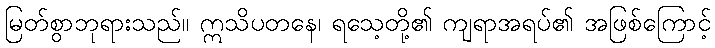
မြတ်စွာဘုရားသည်။ ဣသိပတနေ၊ ရသေ့တို့၏ ကျရာအရပ်၏ အဖြစ်ကြောင့်